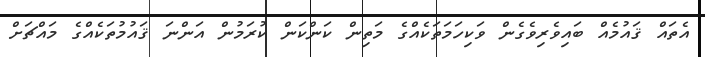
އެތައް ޤައުމެއް ބައިވެރިވެގެން ވަކިހަމަތަކެއްގެ މަތިން ކަންކަން ކުރަމުން އަންނަ ޤައުމުތަކެއްގެ މައްޗަށް